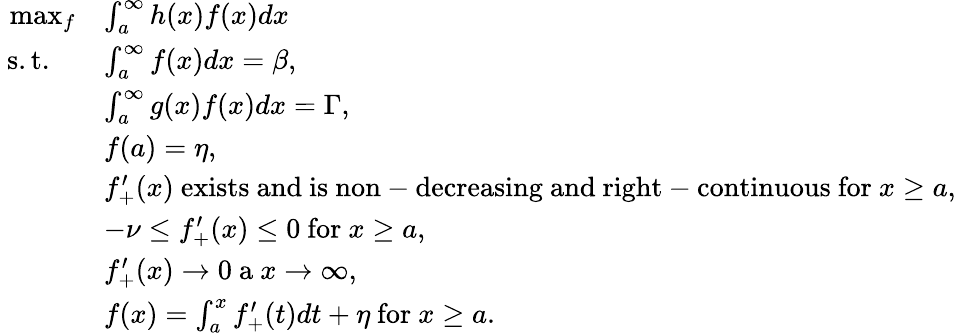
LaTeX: \begin{array}{rl}{\operatorname*{max}_{f}}&{\int_{a}^{\infty}h(x)f(x)dx}\\ {\mathrm{~s.t.~}\ \ }&{\int_{a}^{\infty}f(x)dx=\beta,}\\ &{\int_{a}^{\infty}g(x)f(x)dx=\Gamma,}\\ &{f(a)=\eta,}\\ &{f_{+}^{\prime}(x)\ \mathrm{exists~and~is~non-decreasing~and~right-continuous~for~}x\geq a,}\\ &{-\nu\leq f_{+}^{\prime}(x)\leq 0\ \mathrm{for~}x\geq a,}\\ &{f_{+}^{\prime}(x)\rightarrow 0\ \mathrm{a}\ x\rightarrow\infty,}\\ &{f(x)=\int_{a}^{x}f_{+}^{\prime}(t)dt+\eta\ \mathrm{for}\ x\geq a.}\end{array}